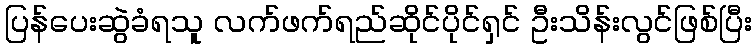
ပြန်ပေးဆွဲခံရသူ လက်ဖက်ရည်ဆိုင်ပိုင်ရှင် ဦးသိန်းလွင်ဖြစ်ပြီး